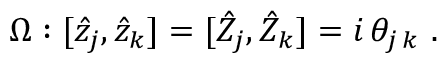
\Omega : [ \hat { z } _ { j } , \hat { z } _ { k } ] = [ \hat { Z } _ { j } , \hat { Z } _ { k } ] = i \, \theta _ { j \, k } ~ .